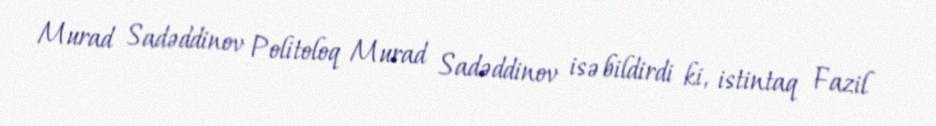
Murad Sadəddinov Politoloq Murad Sadəddinov isə bildirdi ki, istintaq Fazil